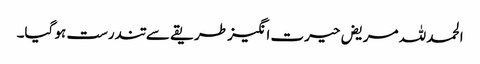
الحمد للہ مریض حیرت انگیز طریقے سے تندرست ہو گیا۔